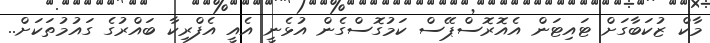
މާކް ޒުކަބާގަށް ޓައިޓަން އެއޮރޮސްޕޭސް ކަމުގޮސްގެން އުޅެނީ އެއީ އެފްރިކާ ބައްރުގެ ގައުމުތަކަށް..